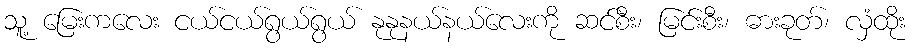
သူ့ မြေးကလေး ငယ်ငယ်ရွယ်ရွယ် နုနုနယ်နယ်လေးကို ဆင်စီး၊ မြင်းစီး၊ ဓားခုတ်၊ လှံထိုး